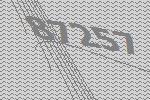
87257